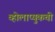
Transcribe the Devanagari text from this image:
व्होलाप्युकची